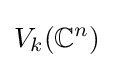
V_{k}(\mathbb {C} ^{n})